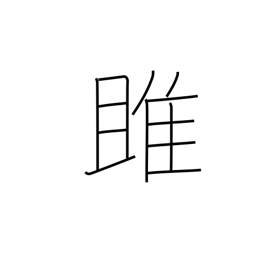
Meaning: osprey